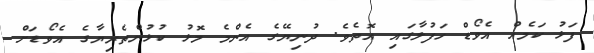
ފަޅު ކަމެއް އެވޯޑް ހަފުލާގައި އޮތެވެ. ދުނިޔޭގެ އެންމެ މޮޅު ކުޅުންތެރިޔާގެ އެވޯޑަށް